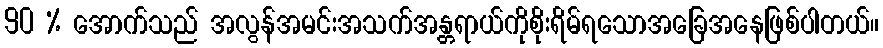
90 % အောက်သည် အလွန်အမင်းအသက်အန္တရာယ်ကိုစိုးရိမ်ရသောအခြေအနေဖြစ်ပါတယ်။